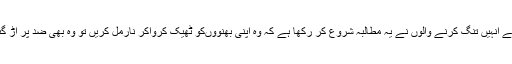
جب سے انہیں تنگ کرنے والوں نے یہ مطالبہ شروع کر رکھا ہے کہ وہ اپنی بھنووںکو ٹھیک کرواکر نارمل کریں تو وہ بھی ضد پر اڑ گئی ہیں۔